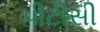
પીટીસી